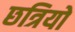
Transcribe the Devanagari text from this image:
छत्रियो